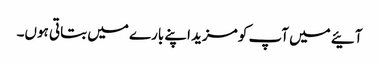
آئیے میں آپ کو مزید اپنے بارے میں بتاتی ہوں۔